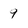
Character: 9